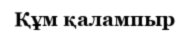
Құм қалампыр